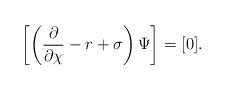
LaTeX: \begin{align*}\left[\left(\frac{\partial}{\partial\chi}-r+\sigma\right) \Psi\right]=[0].\end{align*}